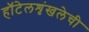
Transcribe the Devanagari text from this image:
हॉटेलशृंखलेची